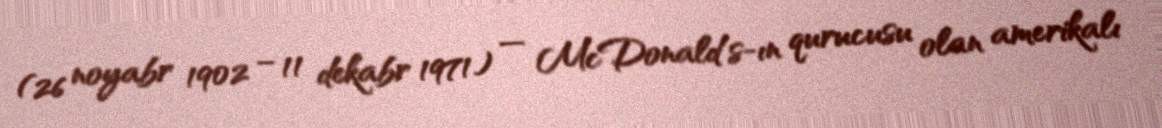
(26 noyabr 1902 – 11 dekabr 1971) — McDonald's-ın qurucusu olan amerikalı